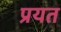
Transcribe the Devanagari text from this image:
प्रयत